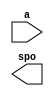
module ADC_ROM(
  a,
  spo
);

input [3 : 0] a;
output [31 : 0] spo;

// synthesis translate_off

  DIST_MEM_GEN_V7_2 #(
    .C_ADDR_WIDTH(4),
    .C_DEFAULT_DATA("0"),
    .C_DEPTH(16),
    .C_FAMILY("spartan6"),
    .C_HAS_CLK(0),
    .C_HAS_D(0),
    .C_HAS_DPO(0),
    .C_HAS_DPRA(0),
    .C_HAS_I_CE(0),
    .C_HAS_QDPO(0),
    .C_HAS_QDPO_CE(0),
    .C_HAS_QDPO_CLK(0),
    .C_HAS_QDPO_RST(0),
    .C_HAS_QDPO_SRST(0),
    .C_HAS_QSPO(0),
    .C_HAS_QSPO_CE(0),
    .C_HAS_QSPO_RST(0),
    .C_HAS_QSPO_SRST(0),
    .C_HAS_SPO(1),
    .C_HAS_SPRA(0),
    .C_HAS_WE(0),
    .C_MEM_INIT_FILE("ADC_ROM.mif"),
    .C_MEM_TYPE(0),
    .C_PARSER_TYPE(1),
    .C_PIPELINE_STAGES(0),
    .C_QCE_JOINED(0),
    .C_QUALIFY_WE(0),
    .C_READ_MIF(1),
    .C_REG_A_D_INPUTS(0),
    .C_REG_DPRA_INPUT(0),
    .C_SYNC_ENABLE(1),
    .C_WIDTH(32)
  )
  inst (
    .A(a),
    .SPO(spo),
    .D(),
    .DPRA(),
    .SPRA(),
    .CLK(),
    .WE(),
    .I_CE(),
    .QSPO_CE(),
    .QDPO_CE(),
    .QDPO_CLK(),
    .QSPO_RST(),
    .QDPO_RST(),
    .QSPO_SRST(),
    .QDPO_SRST(),
    .DPO(),
    .QSPO(),
    .QDPO()
  );

// synthesis translate_on

endmodule